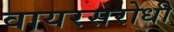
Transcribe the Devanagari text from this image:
वायरसरोधी